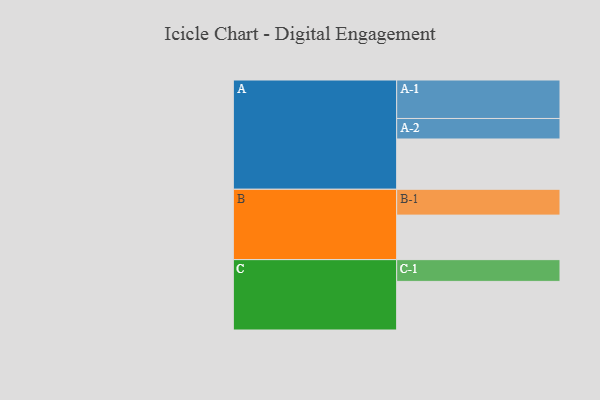
{"axis": {"x": "Segment", "y": "Value"}, "legend": ["", "A", "B", "C"], "data": [{"x": "A", "y": 358, "type": ""}, {"x": "B", "y": 317, "type": ""}, {"x": "C", "y": 346, "type": ""}, {"x": "A-1", "y": 274, "type": "A"}, {"x": "A-2", "y": 146, "type": "A"}, {"x": "B-1", "y": 184, "type": "B"}, {"x": "C-1", "y": 155, "type": "C"}]}